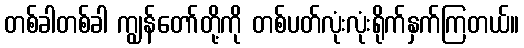
တစ်ခါတစ်ခါ ကျွန်တော်တို့ကို တစ်ပတ်လုံးလုံးရိုက်နှက်ကြတယ်။